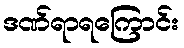
ဒဏ်ရာရကြောင်း